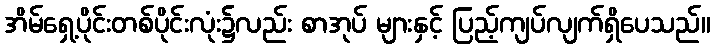
အိမ်ရှေ့ပိုင်းတစ်ပိုင်းလုံး၌လည်း စာအုပ် များနှင့် ပြည့်ကျပ်လျက်ရှိပေသည်။